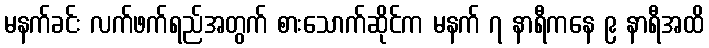
မနက်ခင်း လက်ဖက်ရည်အတွက် စားသောက်ဆိုင်က မနက် ၇ နာရီကနေ ၉ နာရီအထိ